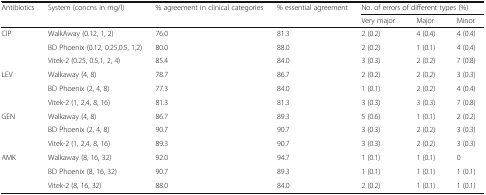
| <ROWSPAN=2> Antibiotics | <ROWSPAN=2> System (concns in mg/l) | <ROWSPAN=2> % agreement in clinical categories | <ROWSPAN=2> % essential agreement | <COLSPAN=3> No. of errors of different types (%) |
 | Very major | Major | Minor |
 | --- | --- | --- | --- | --- | --- | --- |
 | <ROWSPAN=3> CIP | WalkAway (0.12, 1, 2) | 76.0 | 81.3 | 2 (0.2) | 4 (0.4) | 4 (0.4) |
 | BD Phoenix (0.12, 0.25,0.5, 1,2) | 80.0 | 88.0 | 2 (0.2) | 1 (0.1) | 4 (0.4) |
 | Vitek-2 (0.25, 0.5,1, 2, 4) | 85.4 | 84.0 | 3 (0.3) | 2 (0.2) | 7 (0.8) |
 | <ROWSPAN=3> LEV | Walkaway (4, 8) | 78.7 | 86.7 | 2 (0.2) | 2 (0.2) | 3 (0.3) |
 | BD Phoenix (2, 4, 8) | 77.3 | 84.0 | 1 (0.1) | 2 (0.2) | 4 (0.4) |
 | Vitek-2 (1, 2,4, 8, 16) | 81.3 | 81.3 | 3 (0.3) | 3 (0.3) | 7 (0.8) |
 | <ROWSPAN=3> GEN | Walkaway (4, 8) | 86.7 | 89.3 | 5 (0.6) | 1 (0.1) | 2 (0.2) |
 | BD Phoenix (2, 4, 8) | 90.7 | 90.7 | 3 (0.3) | 2 (0.2) | 3 (0.3) |
 | Vitek-2 (1, 2,4, 8, 16) | 89.3 | 90.7 | 3 (0.3) | 2 (0.2) | 3 (0.3) |
 | <ROWSPAN=3> AMK | Walkaway (8, 16, 32) | 92.0 | 94.7 | 1 (0.1) | 1 (0.1) | 0 |
 | BD Phoenix (8, 16, 32) | 90.7 | 89.3 | 1 (0.1) | 1 (0.1) | 1 (0.1) |
 | Vitek-2 (8, 16, 32) | 88.0 | 84.0 | 2 (0.2) | 1 (0.1) | 1 (0.1) |